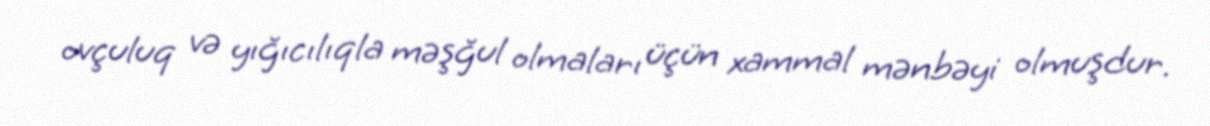
ovçuluq və yığıcılıqla məşğul olmaları üçün xammal mənbəyi olmuşdur.